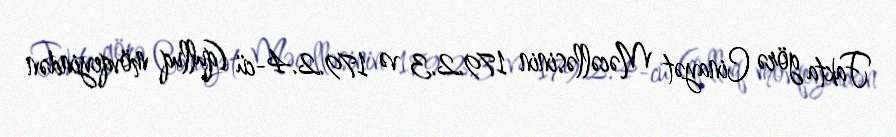
Fakta görə Cinayət Məcəlləsinin 179.2.3 və 179.2.4-cü (qulluq mövqeyindən